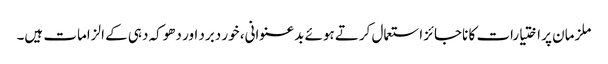
ملزمان پر اختیارات کا ناجائز استعمال کرتے ہوئے بدعنوانی، خور دبرد اور دھوکہ دہی کے الزامات ہیں۔